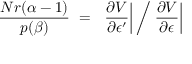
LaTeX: \frac { N r ( \alpha - 1 ) } { p ( \beta ) } ~ = ~ \left. \frac { \partial V } { \partial \epsilon ^ { \prime } } \right| \bigg / \left. \frac { \partial V } { \partial \epsilon } \right|